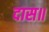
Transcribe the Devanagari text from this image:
दास॥